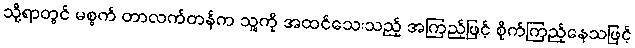
သို့ရာတွင် မစ္စက် တာလက်တန်က သူ့ကို အထင်သေးသည့် အကြည့်ဖြင့် စိုက်ကြည့်နေသဖြင့်